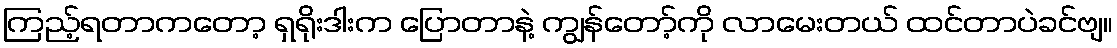
ကြည့်ရတာကတော့ ရှရိုးဒါးက ပြောတာနဲ့ ကျွန်တော့်ကို လာမေးတယ် ထင်တာပဲခင်ဗျ။